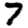
Digit: 7